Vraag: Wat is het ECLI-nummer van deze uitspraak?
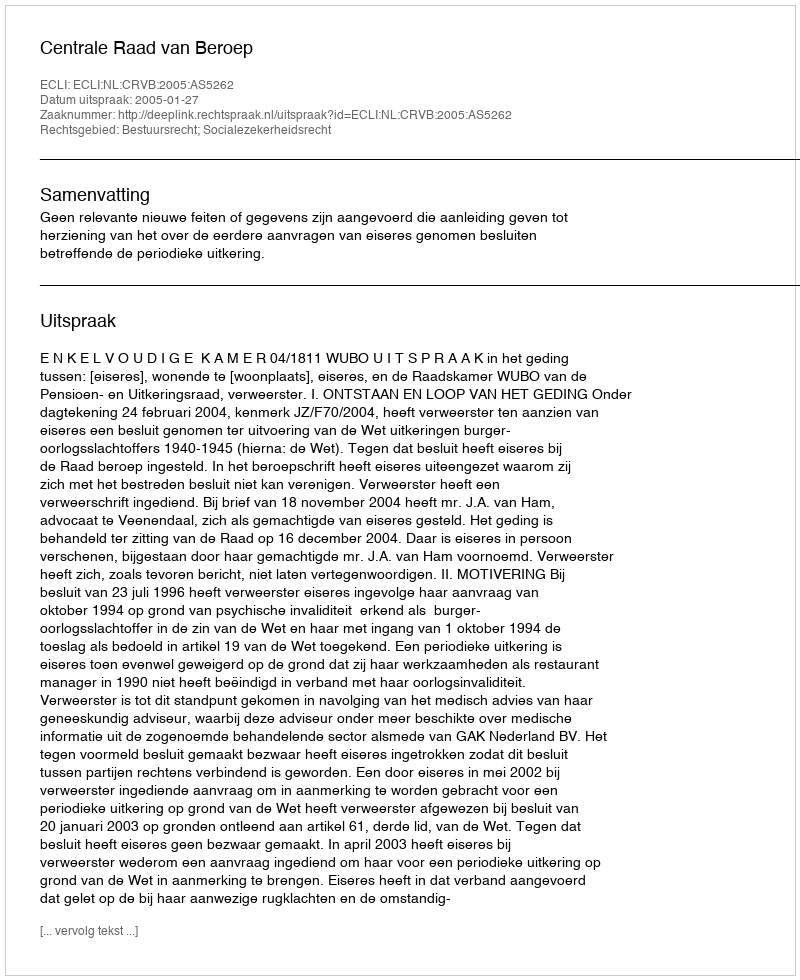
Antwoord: ECLI:NL:CRVB:2005:AS5262